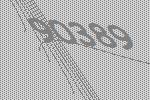
90389